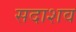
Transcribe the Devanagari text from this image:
सदाशव